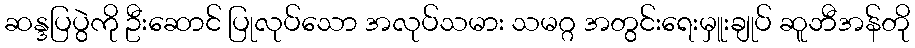
ဆန္ဒပြပွဲကို ဦးဆောင် ပြုလုပ်သော အလုပ်သမား သမဂ္ဂ အတွင်းရေးမှူးချုပ် ဆူဘီအန်တို